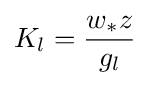
K_{l}={\frac {w_{*}z}{g_{l}}}